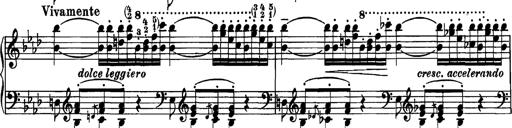
Title: Grandes Etudes
Composer: Franz Liszt